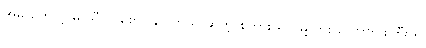
အူမ တောင့် မှ သီလ စောင့်နိုင် တယ် ဆိုတဲ့ စကား ရှိသမို့လား ယောက်ဖကြီး ရ